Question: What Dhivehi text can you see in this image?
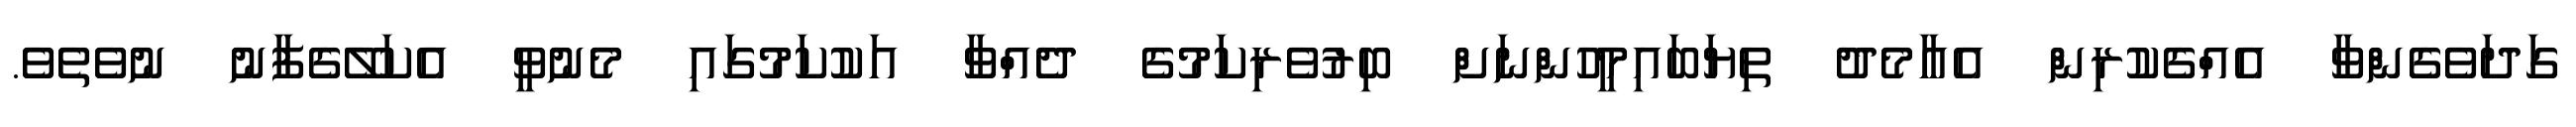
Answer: ގަދަވެގެންވާ އެއްގެކުރިން އެއާމެދު ތިޔަބައިމީހުންނަށް ބިރުވެރިކަމުގެ ދެއްވާ އަކުކަމުގައި މެނުވީ އެކަލޭގެފާނު ނުވެތެވެ.